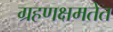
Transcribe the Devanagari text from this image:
ग्रहणक्षमतेत